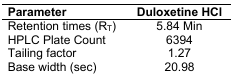
<table><thead><tr><td><b>Parameter</b></td><td><b>Duloxetine HCl</b></td></tr></thead><tbody><tr><td>Retention times (R<sub>T</sub>)</td><td>5.84 Min</td></tr><tr><td>HPLC Plate Count</td><td>6394</td></tr><tr><td>Tailing factor</td><td>1.27</td></tr><tr><td>Base width (sec)</td><td>20.98</td></tr></tbody></table>